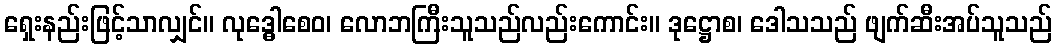
ရှေးနည်းဖြင့်သာလျှင်။ လုဒ္ဓေါစေဝ၊ လောဘကြီးသူသည်လည်းကောင်း။ ဒုဋ္ဌောစ၊ ဒေါသသည် ဖျက်ဆီးအပ်သူသည်